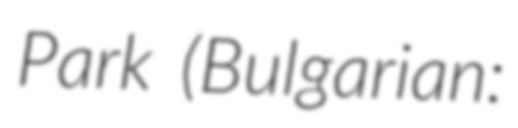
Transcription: Park (Bulgarian: